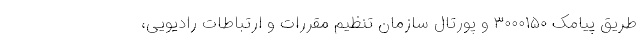
طریق پیامک ۳۰۰۰۱۵۰ و پورتال سازمان تنظیم مقررات و ارتباطات رادیویی،